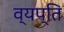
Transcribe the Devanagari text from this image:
व्यप्ति